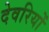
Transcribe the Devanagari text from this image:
देवरियों